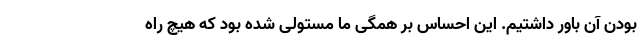
بودن آن باور داشتیم. این احساس بر همگی ما مستولی شده بود که هیچ راه